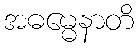
အဓမ္မေနာတိ